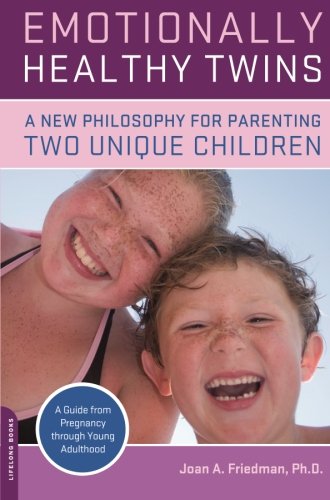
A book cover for Emotionally Healthy Twins: A New Philosophy for Parenting Two Unique Children; Joan Friedman; Parenting & Relationships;